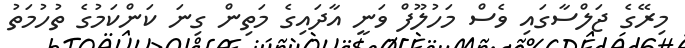
މިރޭގެ ޖަލްސާގައި ވެސް މަހުލޫފް ވަނީ އާދައިގެ މަތިން ގިނަ ކަންކަމުގެ ތުހުމަތު